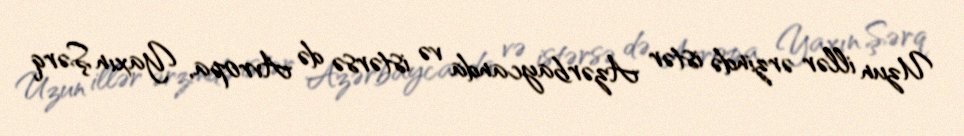
Uzun illər ərzində istər Azərbaycanda və istərsə də Avropa, Yaxın Şərq